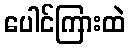
ပေါင်ကြားထဲ